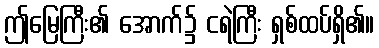
ဤမြေကြီး၏ အောက်၌ ငရဲကြီး ရှစ်ထပ်ရှိ၏။